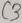
Text: C3